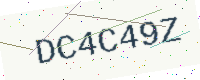
Text: DC4C49Z